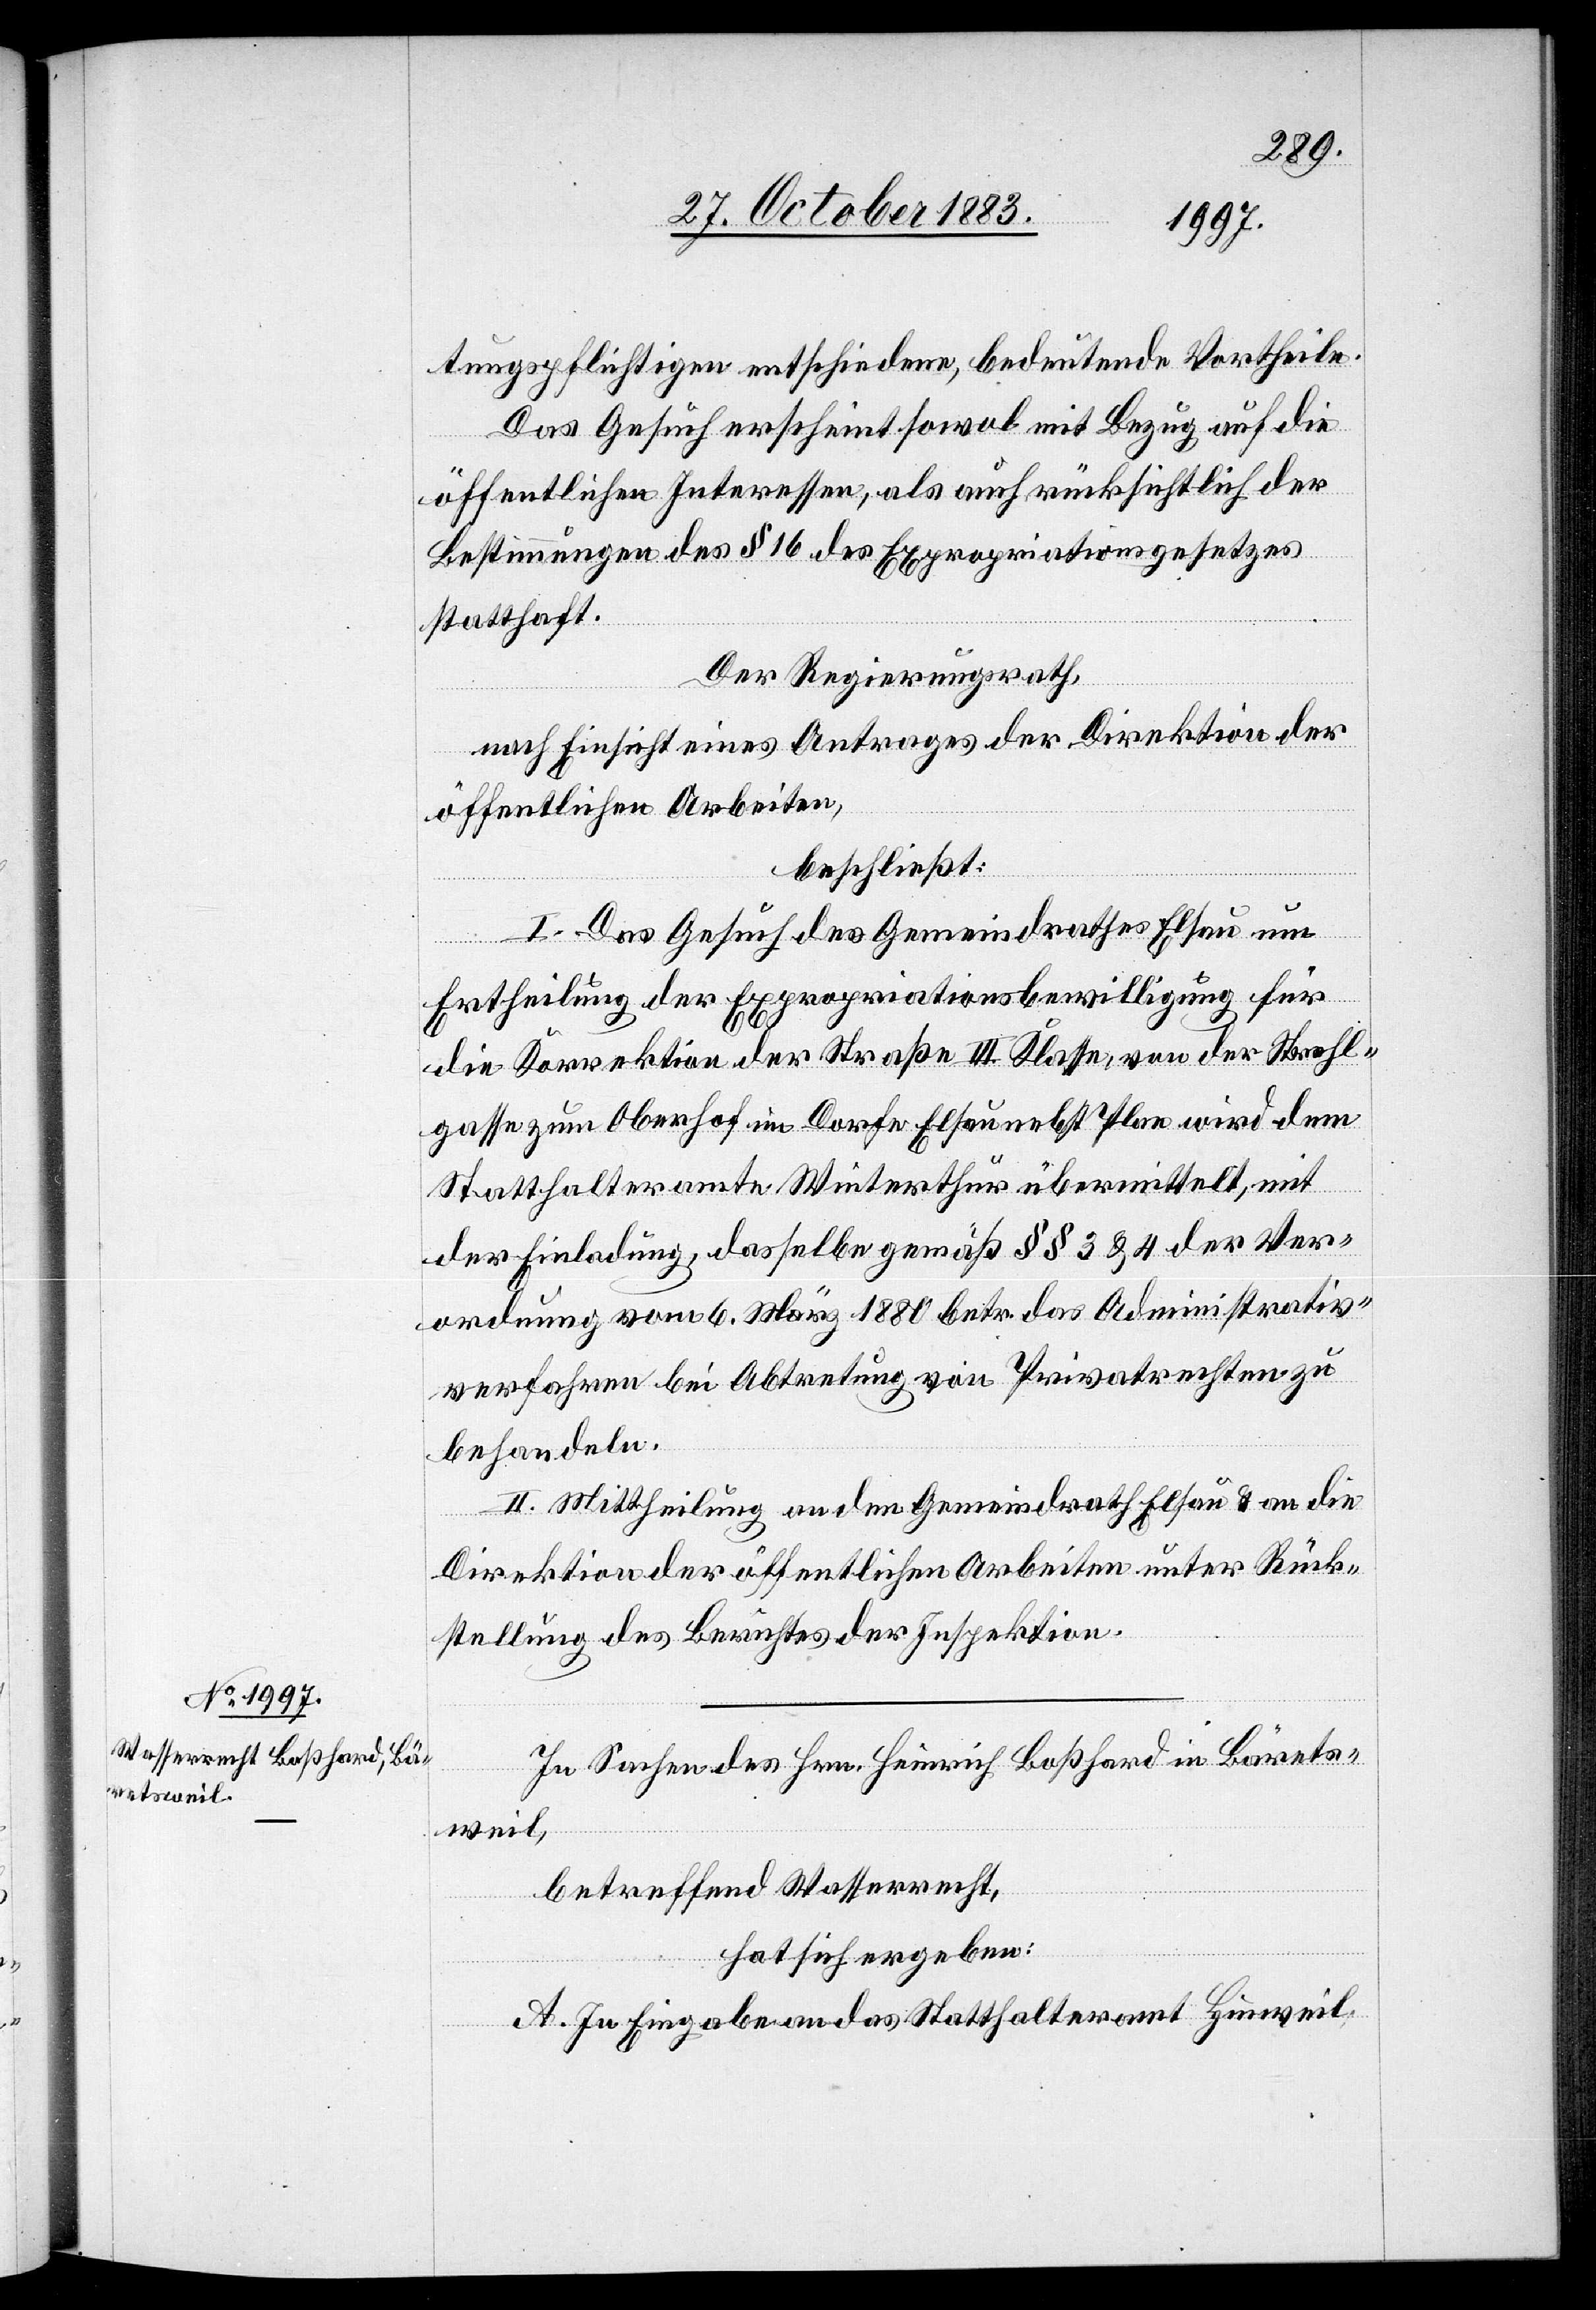
tungspflichtigen entschiedene, bedeutende Vortheile.
Das Gesuch erscheint sowol in Bezug auf die
öffentlichen Interessen, als auch rücksichtlich der
Bestimmungen des § 16 des Expropriationsgesetzes
statthaft.
Der Regierungsrath,
nach Einsicht eines Antrages der Direktion der
öffentlichen Arbeiten,
beschließt:
I. Das Gesuch des Gemeindrathes Elsau um
Ertheilung der Expropriationsbewilligung für
die Korrektion der Straße III. Klasse, von der Strehl¬
gasse zum Oberhof im Dorfe Elsau nebst Plan wird dem
Statthalteramte Winterthur übermittelt, mit
der Einladung, dasselbe gemäß §§ 3 & 4 der Ver¬
ordnung vom 6. März 1880 betr. das Administrativ¬
verfahren bei Abtretung von Privatrechten zu
behandeln.
II. Mittheilung an den Gemeindrath Elsau & an die
Direktion der öffentlichen Arbeiten unter Rück¬
stellung des Berichtes der Inspektion.
In Sachen des Hrn. Heinrich Boßhard in Bärets¬
weil,
betreffend Wasserrecht,
hat sich ergeben:
A. In Eingabe an das Statthalteramt Hinweil